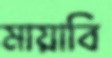
মায়াবি